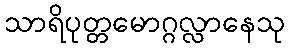
သာရိပုတ္တမောဂ္ဂလ္လာနေသု